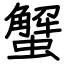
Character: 蟹